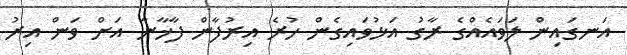
އަނގައިން ލަވައެއްގެ ރާގު އަޅުވައިގެން ހުރެ އިރުފާން ފާޚާނާ އަށް ވަން އިރު